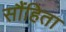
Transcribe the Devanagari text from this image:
सौंहिता